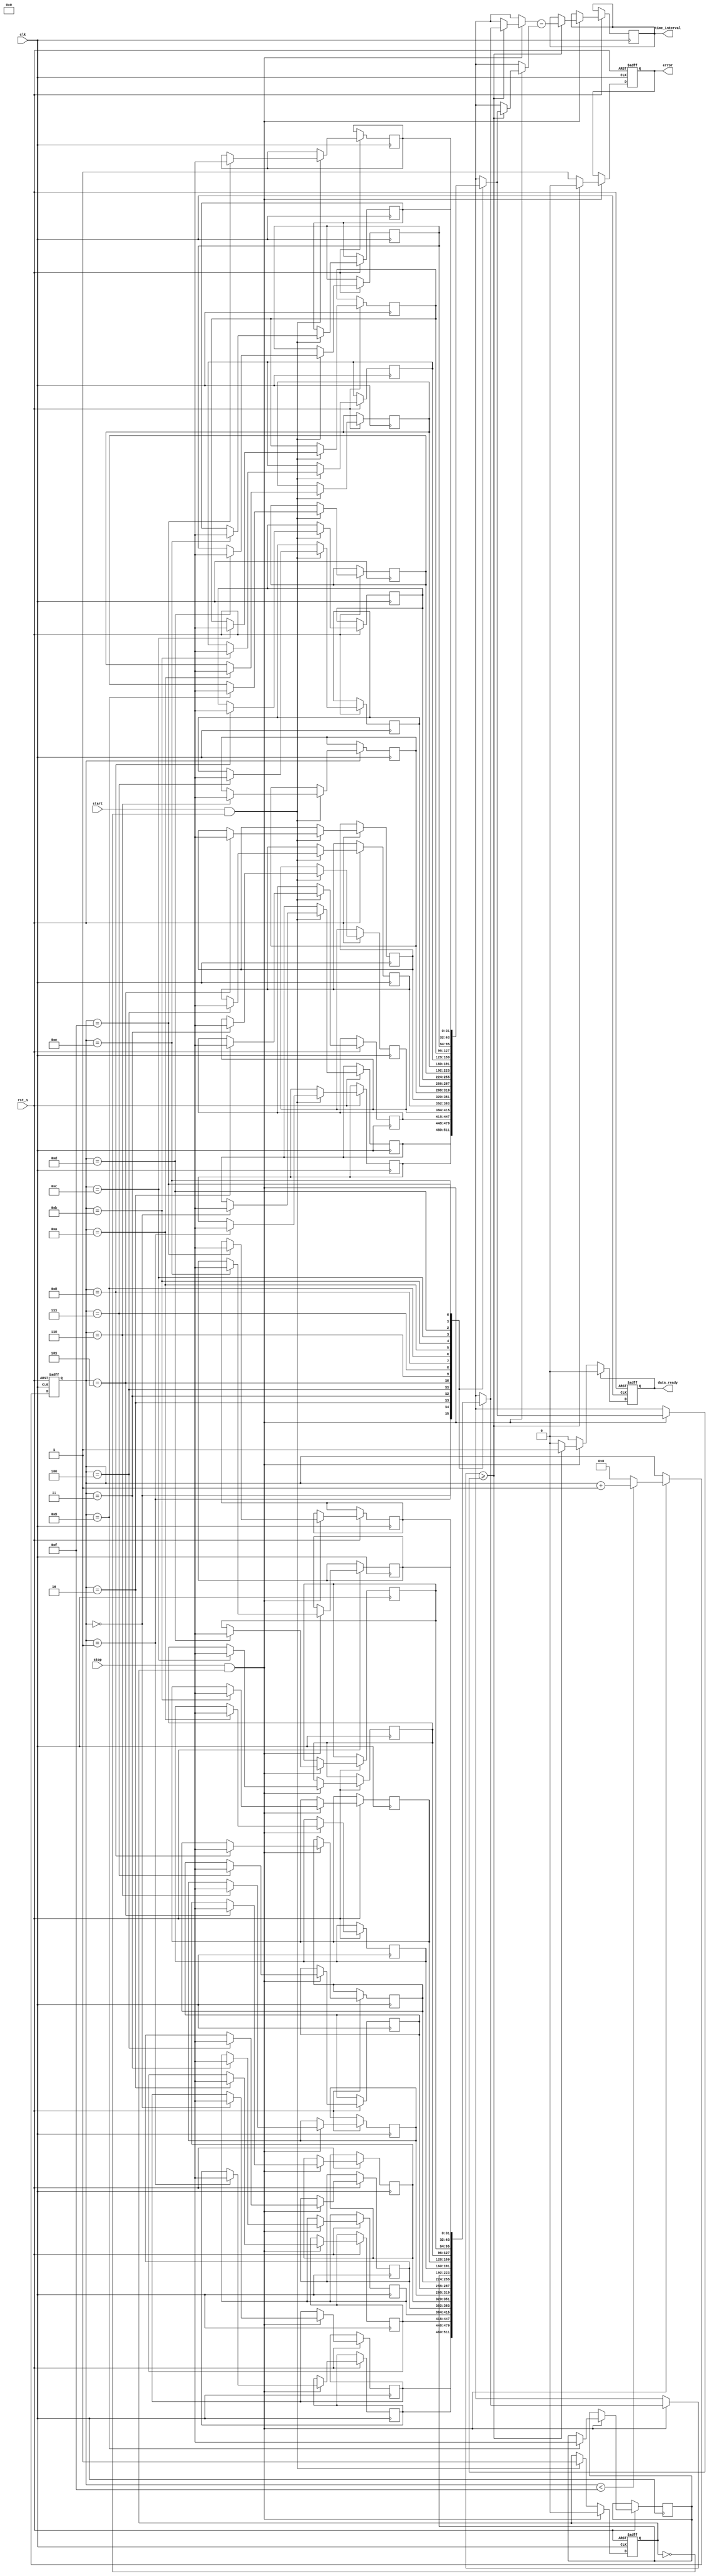
module MemoryBlocksSynchronizedTDC (
    input wire clk,                // Clock signal
    input wire rst_n,              // Active-low reset signal
    input wire start,              // Start signal
    input wire stop,               // Stop signal
    output reg [31:0] time_interval, // Output time interval
    output reg data_ready,         // Data ready signal
    output reg error               // Error signal
);

    // Parameters
    parameter MEMORY_BLOCK_SIZE = 16; // Number of memory blocks
    parameter TIMESTAMP_WIDTH = 32;    // Width of timestamp

    // Memory blocks to store timestamps
    reg [TIMESTAMP_WIDTH-1:0] memory_block_start [0:MEMORY_BLOCK_SIZE-1];
    reg [TIMESTAMP_WIDTH-1:0] memory_block_stop  [0:MEMORY_BLOCK_SIZE-1];
    reg [3:0] write_index; // To keep track of which memory block to write to
    reg capturing;          // Indicates if we are capturing timestamps

    // Initialize
    initial begin
        write_index = 0;
        capturing = 0;
        data_ready = 0;
        error = 0;
    end

    // Capture timestamps on clock edge
    always @(posedge clk or negedge rst_n) begin
        if (!rst_n) begin
            write_index <= 0;
            capturing <= 0;
            data_ready <= 0;
            error <= 0;
        end else begin
            if (start && !capturing) begin
                // Capture start timestamp
                memory_block_start[write_index] <= $time; // Capture current time
                capturing <= 1; // Start capturing
            end
            
            if (stop && capturing) begin
                // Capture stop timestamp
                memory_block_stop[write_index] <= $time; // Capture current time
                capturing <= 0; // Stop capturing
                
                // Calculate time interval
                if (memory_block_stop[write_index] >= memory_block_start[write_index]) begin
                    time_interval <= memory_block_stop[write_index] - memory_block_start[write_index];
                    data_ready <= 1; // Indicate data is ready
                    error <= 0; // No error
                end else begin
                    error <= 1; // Error: Stop time is less than Start time
                end
                
                // Increment write index for next measurement
                if (write_index < MEMORY_BLOCK_SIZE - 1) begin
                    write_index <= write_index + 1;
                end else begin
                    write_index <= 0; // Wrap around
                end
            end
            
            // Reset data_ready after reading
            if (data_ready) begin
                data_ready <= 0; // Reset data ready signal after reading
            end
        end
    end
endmodule